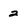
Character: 2